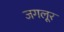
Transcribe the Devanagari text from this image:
जगलूर